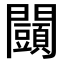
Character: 𨷩